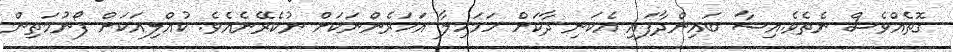
ގޮތެއްވެސް ނެތެވެ.އިޝާ ބައިންދާފައި އެކަނި ދާކަށް ހަމަހިލާ އަހަރެންނަކަށް ނުކެރޭނެއެވެ. ކުއްލިއަކަށް ފޯނުމަތިން